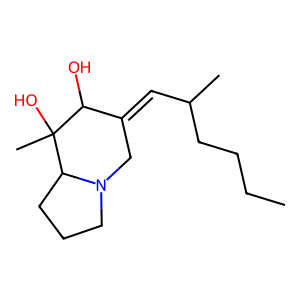
SMILES: CCCCC(C)C=C1CN2CCCC2C(C)(O)C1O
Inhibits HIV replication: No